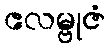
ဧလမ္ဗုဇံ